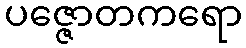
ပဇ္ဇောတကရော